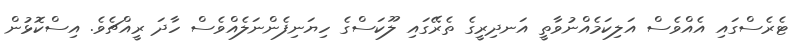
ޓެރެސްގައި އެއްވެސް އަލިކަމެއްނުވާތީ އަނދިރީގެ ތެރޭގައި ލޫކަސްގެ ހިޔަނިފެންނަލެއްވެސް ހާދަ ރީއްޗެވެ. އިސްކޮޅުން